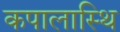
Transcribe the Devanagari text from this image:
कपालास्थि